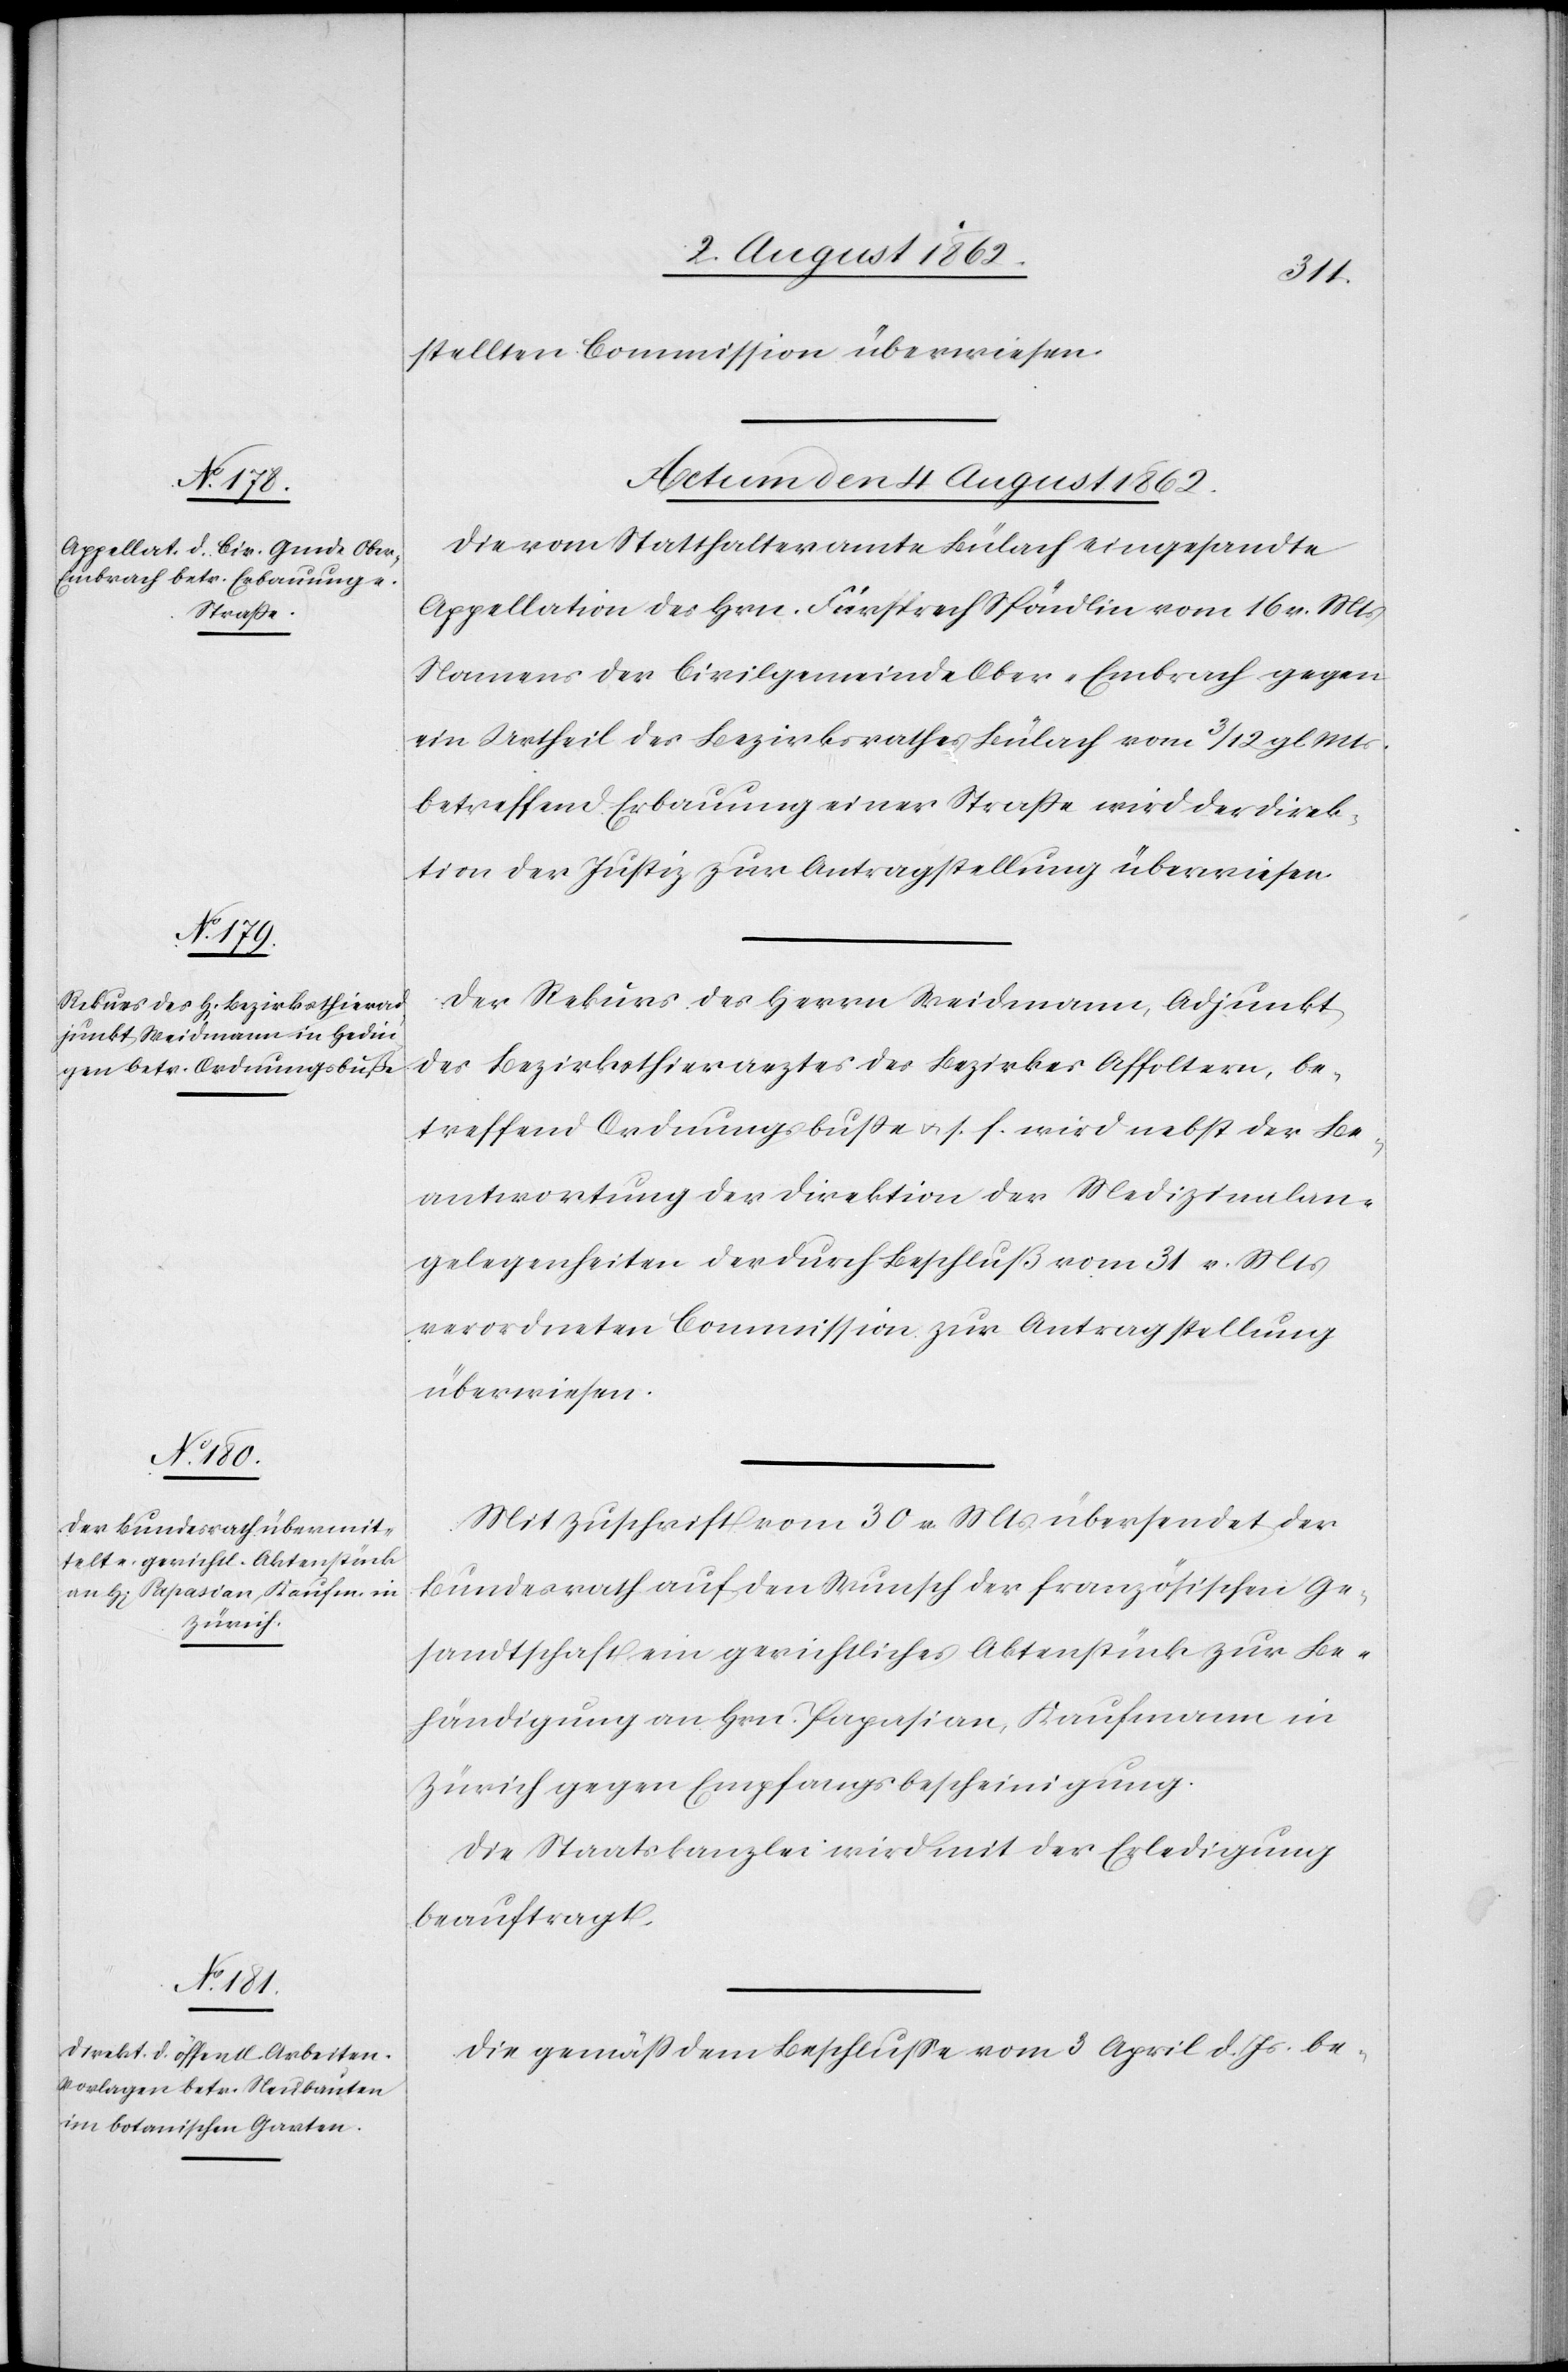
stellten Commission überwiesen.
Actum den 4. August 1862.]
Die vom Statthalteramte Bülach eingesandte
Appellation des Hrn. Fürsprech Spöndlin von 16. v. Mts.
Namens der Civilgemeinde Ober-Embrach gegen
ein Urtheil des Bezirksrathes Bülach vom 3/12. gl. Mts.
betreffend Erbauung einer Straße wird der Direk¬
tion der Justiz zur Antragstellung überwiesen.
Der Rekurs des Herrn Weismann, Adjunkt
des Bezirksthierarztes des Bezirkes Affoltern, be¬
treffend Ordnungsbuße u. s. f. wird nebst der Be¬
antwortung der Direktion der Medizinalan¬
gelegenheiten der durch Beschluß vom 31. v. Mts.
verordneten Commission zur Antragstellung
überwiesen.
Mit Zuschrift vom 30. v. Mts. übersendet der
Bundesrath auf den Wunsch der französischen Ge¬
sandtschaft ein gerichtliches Aktenstück zur Be¬
händigung an Hrn. Papasian, Kaufmann in
Zürich gegen Empfangsbescheinigung.
Die Staatskanzlei wird mit der Erledigung
beauftragt.
Die gemäß dem Beschlusse vom 3. April d. Js. be-